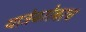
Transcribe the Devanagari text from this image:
यात्रेबरोबरच